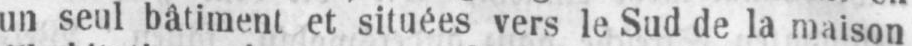
un seul bâtiment et situées vers le Sud de la maison